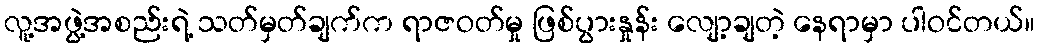
လူ့အဖွဲ့အစည်းရဲ့ သတ်မှတ်ချက်က ရာဇဝတ်မှု ဖြစ်ပွားနှုန်း လျော့ချတဲ့ နေရာမှာ ပါဝင်တယ်။